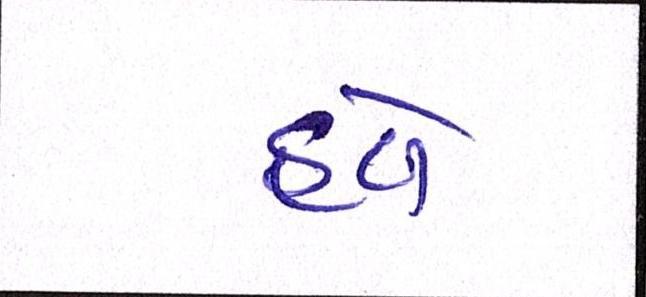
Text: હવે